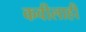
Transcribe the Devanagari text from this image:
कवीलाही